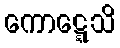
ကောဋ္ဋေသိ